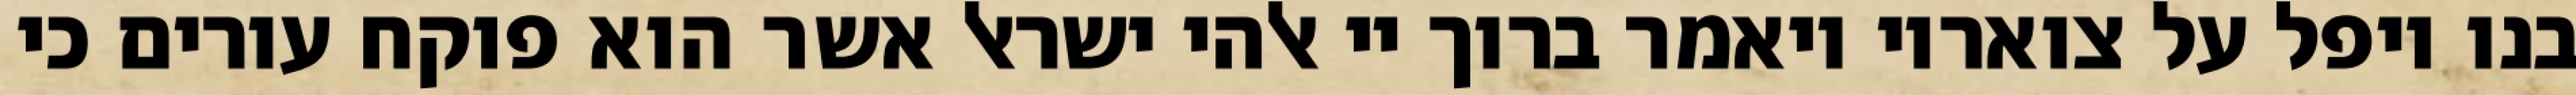
בנו ויפל על צואריו ויאמר ברוך יי אלהי ישראל אשר הוא פוקח עורים כי